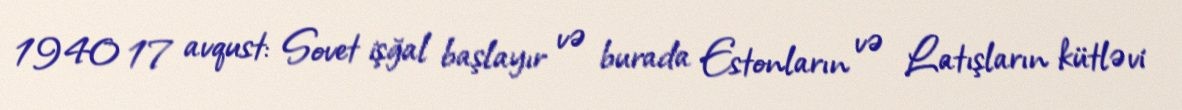
1940 17 avqust: Sovet işğal başlayır və burada Estonların və Latışların kütləvi